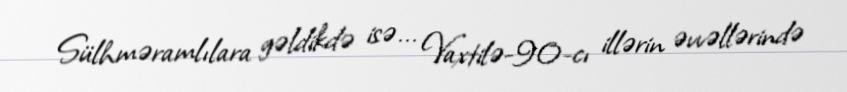
Sülhməramlılara gəldikdə isə... Vaxtilə-90-cı illərin əvvəllərində